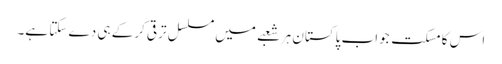
اس کا مسکت جواب پاکستان ہر شعبے میں مسلسل ترقی کرکے ہی دے سکتا ہے۔